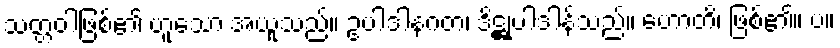
သတ္တဝါဖြစ်၏ ဟူသော အယူသည်။ ဥပါဒါနဂတံ၊ ဒိဋ္ဌုပါဒါန်သည်။ ဟောတိ၊ ဖြစ်၏။ ပ။